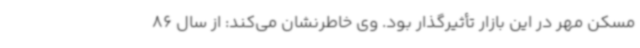
مسکن مهر در این بازار تأثیرگذار بود. وی خاطرنشان می‌کند: از سال 86